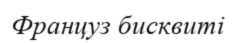
Француз бисквиті